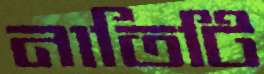
নাতিটি